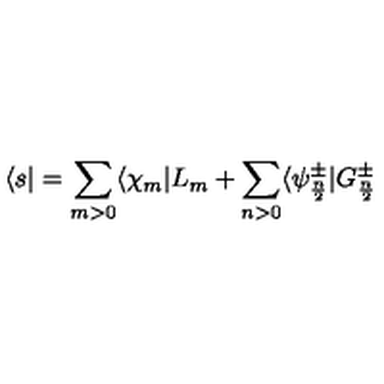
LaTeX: \langle s | = \sum _ { m > 0 } \langle \chi _ { m } | L _ { m } + \sum _ { n > 0 } \langle \psi _ { \frac { n } { 2 } } ^ { \pm } | G _ { \frac { n } { 2 } } ^ { \pm }